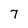
Character: 7